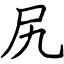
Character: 尻